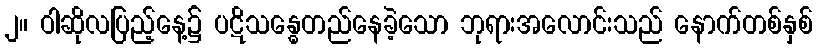
၂။ ဝါဆိုလပြည့်နေ့၌ ပဋိသန္ဓေတည်နေခဲ့သော ဘုရားအလောင်းသည် နောက်တစ်နှစ်